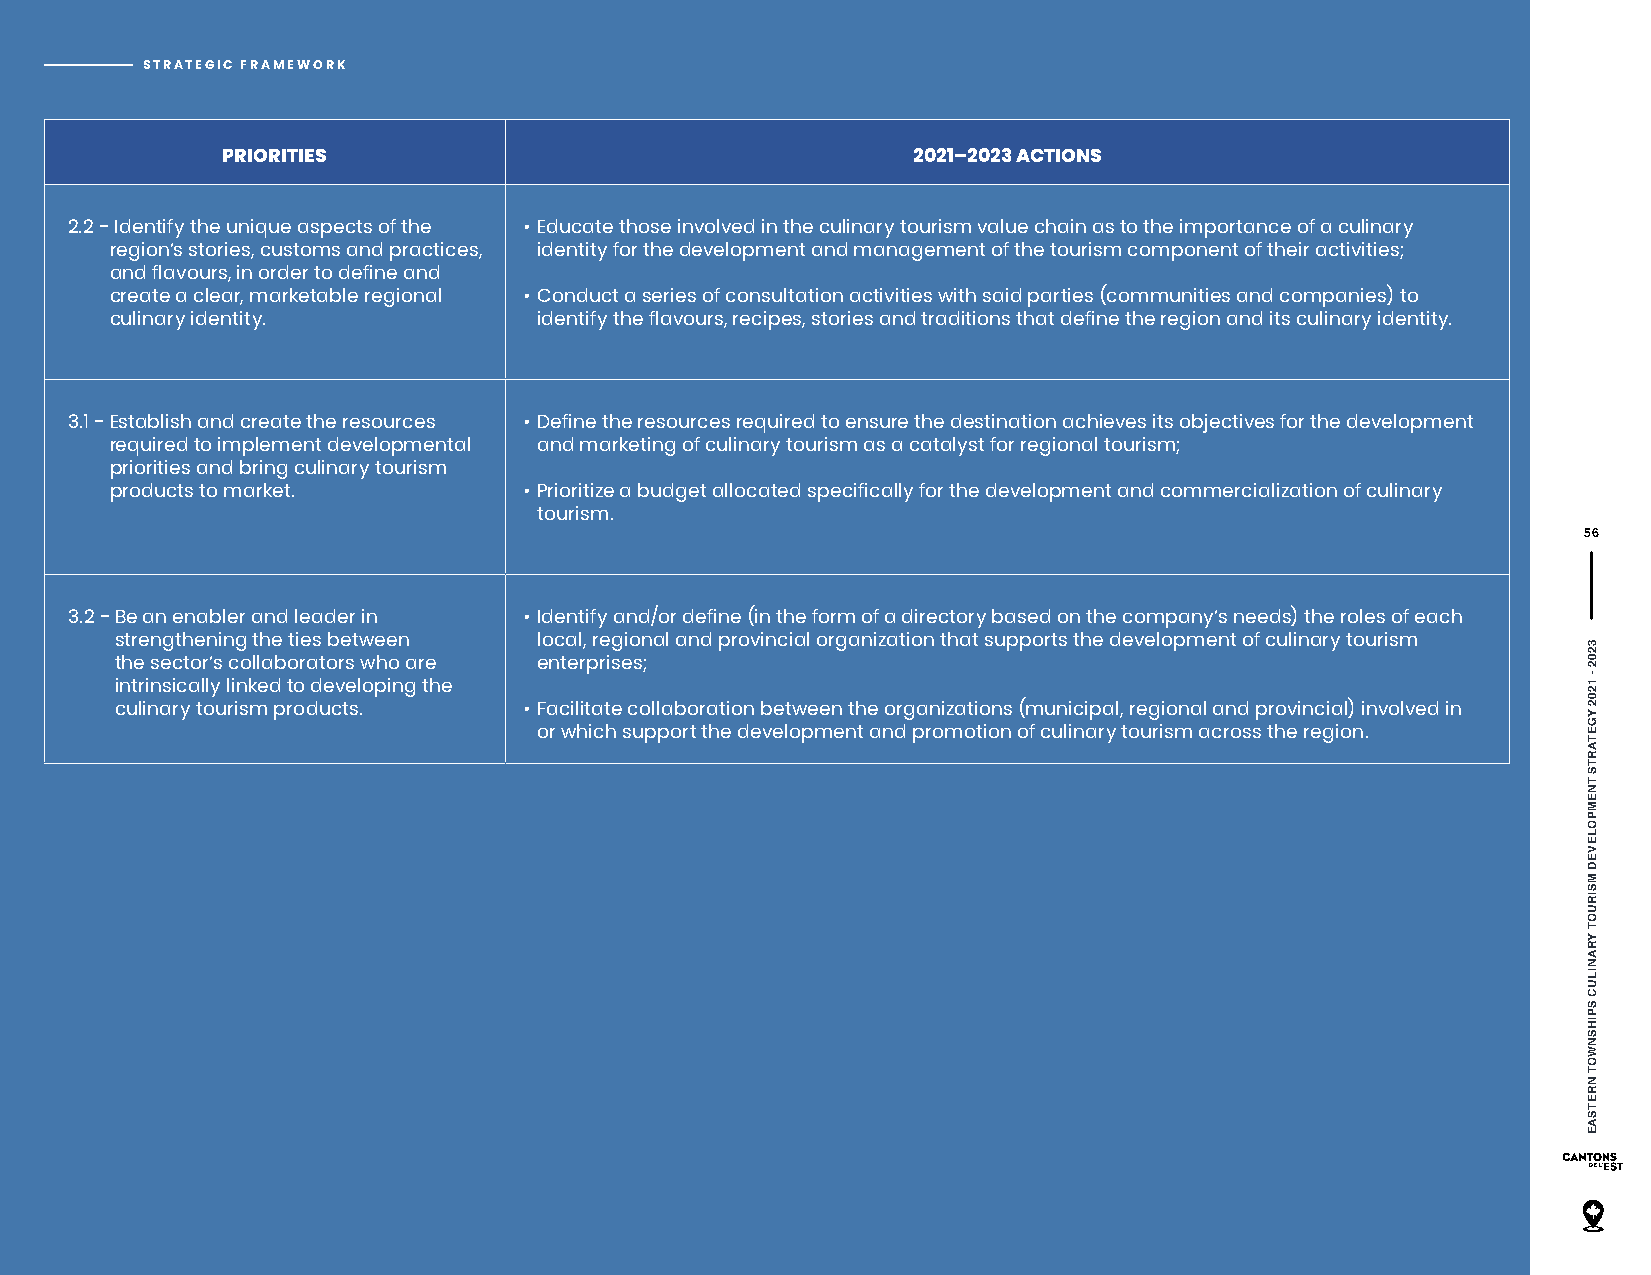
STRATEGIC FRAMEWORK
 PRIORITIES                                   2021–2023 ACTIONS
 2.2 - Identify the unique aspects of the • Educate those involved in the culinary tourism value chain as to the importance of a culinary
 region’s stories, customs and practices, identity for the development and management of the tourism component of their activities;
 and flavours, in order to define and
 create a clear, marketable regional • Conduct a series of consultation activities with said parties (communities and companies) to
 culinary identity.           identify the flavours, recipes, stories and traditions that define the region and its culinary identity.
 3.1 - E stablish and create the resources • Define the resources required to ensure the destination achieves its objectives for the development
 required to implement developmental and marketing of culinary tourism as a catalyst for regional tourism;
 priorities and bring culinary tourism
 products to market.         • Prioritize a budget allocated specifically for the development and commercialization of culinary
 tourism.
 56
 3.2 - Be an enabler and leader in • Identify and/or define (in the form of a directory based on the company’s needs) the roles of each
 strengthening the ties between local, regional and provincial organization that supports the development of culinary tourism
 the sector’s collaborators who are enterprises;
 intrinsically linked to developing the
 culinary tourism products. • Facilitate collaboration between the organizations (municipal, regional and provincial) involved in
 or which support the development and promotion of culinary tourism across the region.
 3202
 -
 1202
 YGETARTS
 TNEMPOLEVED
 MSIRUOT
 YRANILUC
 SPIHSNWOT
 NRETSAE